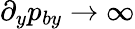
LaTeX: \partial_{y}p_{by}\rightarrow\infty